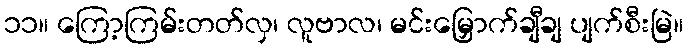
၁၁။ ကြော့ကြမ်းတတ်လှ၊ လူဗာလ၊ မင်းမြှောက်ချီချ ပျက်စီးမြဲ။